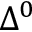
\Delta ^ { 0 }